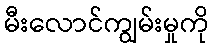
မီးလောင်ကျွမ်းမှုကို